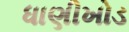
ધાણીખોડ